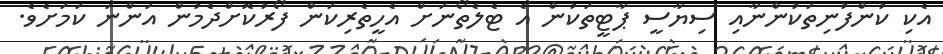
އެކި ކުންފުނިތަކުންނާއި ސިޔާސީ ޕާޓީތަކުން އެ ޓެލެތޯނަށް އެހީތެރިކަން ފޯރުކޮށްދެމުން އަންނަ ކަމަށެވެ.